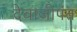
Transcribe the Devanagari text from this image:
देवाजीपंत